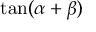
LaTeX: \tan ( \alpha + \beta )